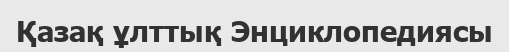
Қазақ ұлттық Энциклопедиясы